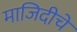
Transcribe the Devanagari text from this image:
माजिदीचे